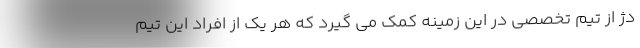
دژ از تیم تخصصی در این زمینه کمک می گیرد که هر یک از افراد این تیم